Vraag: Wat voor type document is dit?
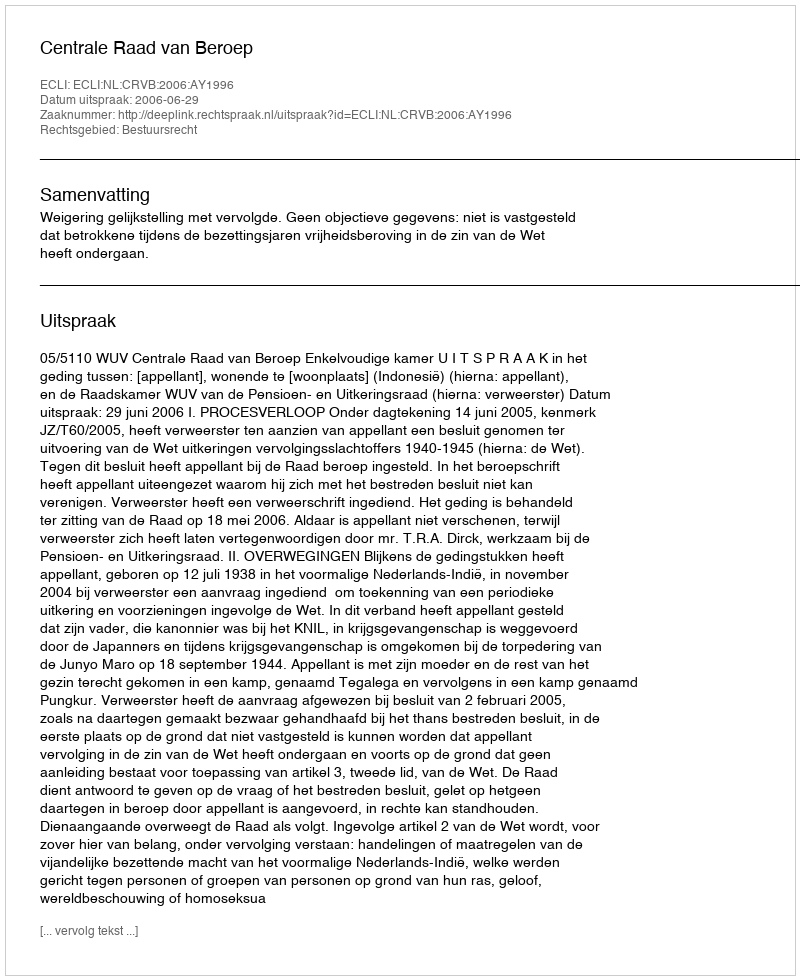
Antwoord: Uitspraak